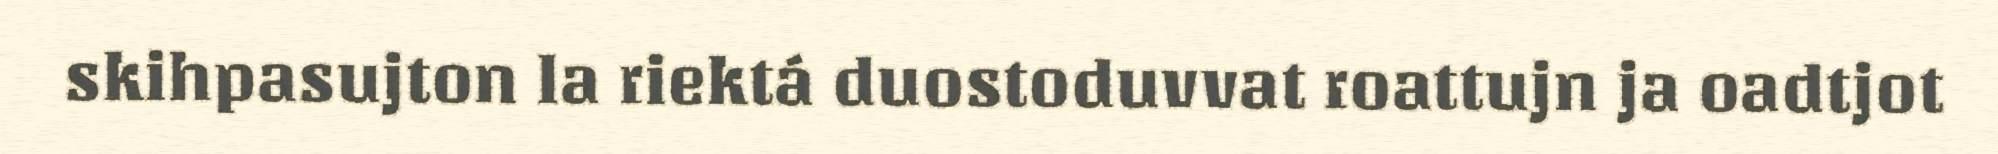
skihpasujton la riektá duostoduvvat roattujn ja oadtjot